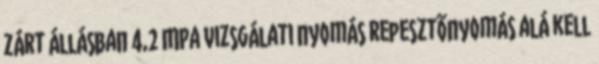
Zárt állásban 4,2 MPa vizsgálati nyomás repesztõnyomás alá kell